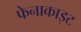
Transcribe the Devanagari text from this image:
फेनाकाइट